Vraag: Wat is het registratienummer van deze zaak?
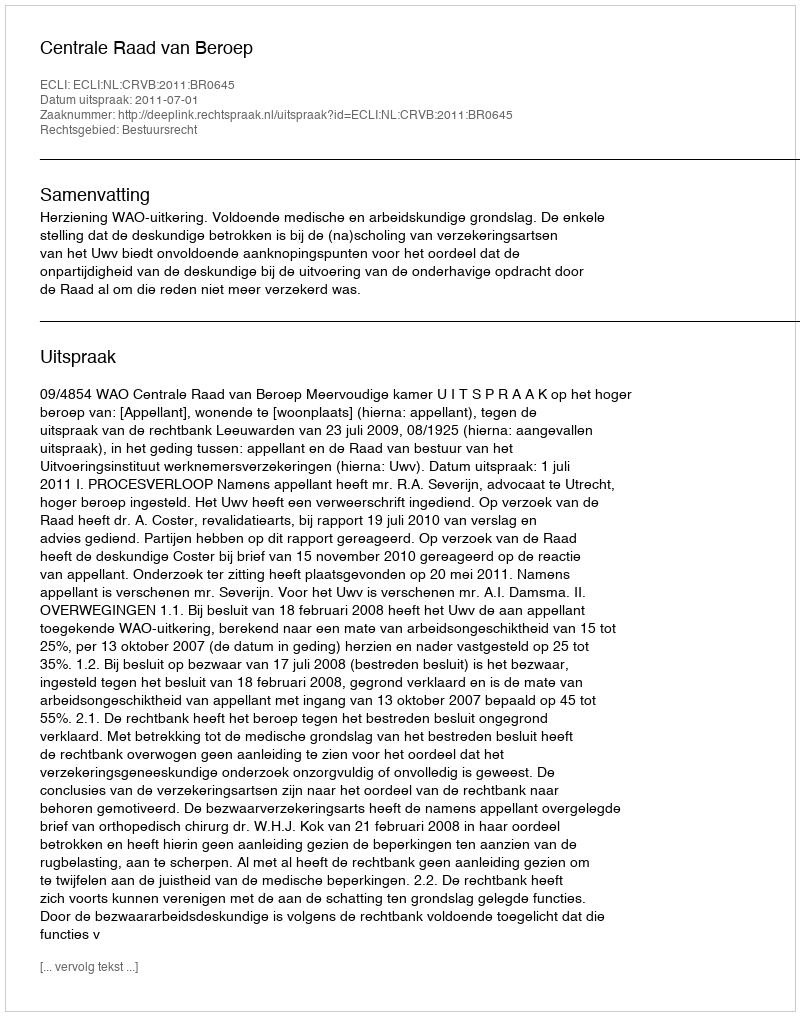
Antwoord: http://deeplink.rechtspraak.nl/uitspraak?id=ECLI:NL:CRVB:2011:BR0645